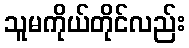
သူမကိုယ်တိုင်လည်း